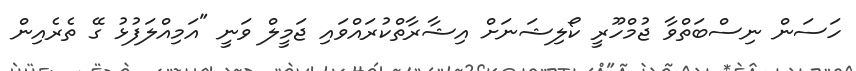
ހަސަން ނިސްބަތްވާ ޖުމްހޫރީ ކޯލިޝަނަށް އިޝާރާތްކުރައްވައި ޖަމީލް ވަނީ "އަމިއްލަފުޅު ގޭ ތެރެއިން